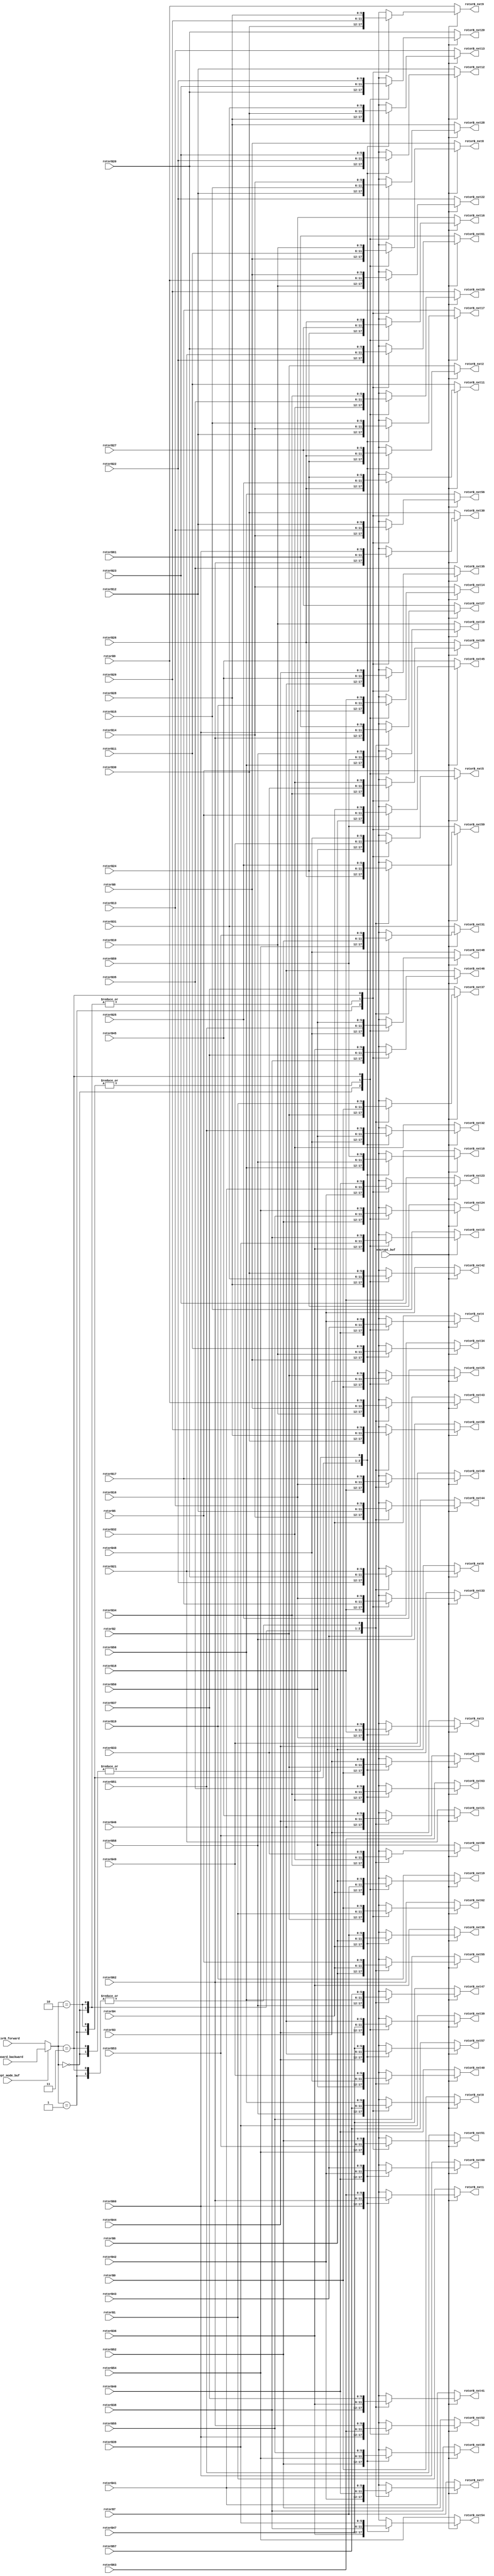
module mode(
    input encrypt_buf,
    input crypt_mode_buf,
    input [1:0] plugboard_backward,
    input [1:0] rotorB_forward,
    input [5:0] rotorB0,
    input [5:0] rotorB1,
    input [5:0] rotorB2,
    input [5:0] rotorB3,
    input [5:0] rotorB4,
    input [5:0] rotorB5,
    input [5:0] rotorB6,
    input [5:0] rotorB7,
    input [5:0] rotorB8,
    input [5:0] rotorB9,
    input [5:0] rotorB10,
    input [5:0] rotorB11,
    input [5:0] rotorB12,
    input [5:0] rotorB13,
    input [5:0] rotorB14,
    input [5:0] rotorB15,
    input [5:0] rotorB16,
    input [5:0] rotorB17,
    input [5:0] rotorB18,
    input [5:0] rotorB19,
    input [5:0] rotorB20,
    input [5:0] rotorB21,
    input [5:0] rotorB22,
    input [5:0] rotorB23,
    input [5:0] rotorB24,
    input [5:0] rotorB25,
    input [5:0] rotorB26,
    input [5:0] rotorB27,
    input [5:0] rotorB28,
    input [5:0] rotorB29,
    input [5:0] rotorB30,
    input [5:0] rotorB31,
    input [5:0] rotorB32,
    input [5:0] rotorB33,
    input [5:0] rotorB34,
    input [5:0] rotorB35,
    input [5:0] rotorB36,
    input [5:0] rotorB37,
    input [5:0] rotorB38,
    input [5:0] rotorB39,
    input [5:0] rotorB40,
    input [5:0] rotorB41,
    input [5:0] rotorB42,
    input [5:0] rotorB43,
    input [5:0] rotorB44,
    input [5:0] rotorB45,
    input [5:0] rotorB46,
    input [5:0] rotorB47,
    input [5:0] rotorB48,
    input [5:0] rotorB49,
    input [5:0] rotorB50,
    input [5:0] rotorB51,
    input [5:0] rotorB52,
    input [5:0] rotorB53,
    input [5:0] rotorB54,
    input [5:0] rotorB55,
    input [5:0] rotorB56,
    input [5:0] rotorB57,
    input [5:0] rotorB58,
    input [5:0] rotorB59,
    input [5:0] rotorB60,
    input [5:0] rotorB61,
    input [5:0] rotorB62,
    input [5:0] rotorB63,
    output reg [5:0] rotorB_nxt0,
    output reg [5:0] rotorB_nxt1,
    output reg [5:0] rotorB_nxt2,
    output reg [5:0] rotorB_nxt3,
    output reg [5:0] rotorB_nxt4,
    output reg [5:0] rotorB_nxt5,
    output reg [5:0] rotorB_nxt6,
    output reg [5:0] rotorB_nxt7,
    output reg [5:0] rotorB_nxt8,
    output reg [5:0] rotorB_nxt9,
    output reg [5:0] rotorB_nxt10,
    output reg [5:0] rotorB_nxt11,
    output reg [5:0] rotorB_nxt12,
    output reg [5:0] rotorB_nxt13,
    output reg [5:0] rotorB_nxt14,
    output reg [5:0] rotorB_nxt15,
    output reg [5:0] rotorB_nxt16,
    output reg [5:0] rotorB_nxt17,
    output reg [5:0] rotorB_nxt18,
    output reg [5:0] rotorB_nxt19,
    output reg [5:0] rotorB_nxt20,
    output reg [5:0] rotorB_nxt21,
    output reg [5:0] rotorB_nxt22,
    output reg [5:0] rotorB_nxt23,
    output reg [5:0] rotorB_nxt24,
    output reg [5:0] rotorB_nxt25,
    output reg [5:0] rotorB_nxt26,
    output reg [5:0] rotorB_nxt27,
    output reg [5:0] rotorB_nxt28,
    output reg [5:0] rotorB_nxt29,
    output reg [5:0] rotorB_nxt30,
    output reg [5:0] rotorB_nxt31,
    output reg [5:0] rotorB_nxt32,
    output reg [5:0] rotorB_nxt33,
    output reg [5:0] rotorB_nxt34,
    output reg [5:0] rotorB_nxt35,
    output reg [5:0] rotorB_nxt36,
    output reg [5:0] rotorB_nxt37,
    output reg [5:0] rotorB_nxt38,
    output reg [5:0] rotorB_nxt39,
    output reg [5:0] rotorB_nxt40,
    output reg [5:0] rotorB_nxt41,
    output reg [5:0] rotorB_nxt42,
    output reg [5:0] rotorB_nxt43,
    output reg [5:0] rotorB_nxt44,
    output reg [5:0] rotorB_nxt45,
    output reg [5:0] rotorB_nxt46,
    output reg [5:0] rotorB_nxt47,
    output reg [5:0] rotorB_nxt48,
    output reg [5:0] rotorB_nxt49,
    output reg [5:0] rotorB_nxt50,
    output reg [5:0] rotorB_nxt51,
    output reg [5:0] rotorB_nxt52,
    output reg [5:0] rotorB_nxt53,
    output reg [5:0] rotorB_nxt54,
    output reg [5:0] rotorB_nxt55,
    output reg [5:0] rotorB_nxt56,
    output reg [5:0] rotorB_nxt57,
    output reg [5:0] rotorB_nxt58,
    output reg [5:0] rotorB_nxt59,
    output reg [5:0] rotorB_nxt60,
    output reg [5:0] rotorB_nxt61,
    output reg [5:0] rotorB_nxt62,
    output reg [5:0] rotorB_nxt63
);

reg [1:0] mode;

always @(*) mode = (crypt_mode_buf) ? plugboard_backward : rotorB_forward;

always @(*) begin
    if(encrypt_buf) begin
		case(mode) // synopsys parallel_case
			2'b00: begin
				rotorB_nxt0 =   rotorB57;
				rotorB_nxt1 =   rotorB63;
				rotorB_nxt2 =   rotorB27;
				rotorB_nxt3 =   rotorB19;
				rotorB_nxt4 =   rotorB40;
				rotorB_nxt5 =   rotorB49;
				rotorB_nxt6 =   rotorB22;
				rotorB_nxt7 =   rotorB42;
				rotorB_nxt8 =   rotorB8;
				rotorB_nxt9 =   rotorB29;
				rotorB_nxt10 =  rotorB56;
				rotorB_nxt11 =  rotorB25;
				rotorB_nxt12 =  rotorB23;
				rotorB_nxt13 =  rotorB31;
				rotorB_nxt14 =  rotorB16;
				rotorB_nxt15 =  rotorB36;
				rotorB_nxt16 =  rotorB24;
				rotorB_nxt17 =  rotorB15;
				rotorB_nxt18 =  rotorB59;
				rotorB_nxt19 =  rotorB4;
				rotorB_nxt20 =  rotorB20;
				rotorB_nxt21 =  rotorB46;
				rotorB_nxt22 =  rotorB9;
				rotorB_nxt23 =  rotorB41;
				rotorB_nxt24 =  rotorB52;
				rotorB_nxt25 =  rotorB0;
				rotorB_nxt26 =  rotorB33;
				rotorB_nxt27 =  rotorB62;
				rotorB_nxt28 =  rotorB12;
				rotorB_nxt29 =  rotorB32;
				rotorB_nxt30 =  rotorB61;
				rotorB_nxt31 =  rotorB54;
				rotorB_nxt32 =  rotorB51;
				rotorB_nxt33 =  rotorB17;
				rotorB_nxt34 =  rotorB11;
				rotorB_nxt35 =  rotorB45;
				rotorB_nxt36 =  rotorB7;
				rotorB_nxt37 =  rotorB2;
				rotorB_nxt38 =  rotorB55;
				rotorB_nxt39 =  rotorB44;
				rotorB_nxt40 =  rotorB50;
				rotorB_nxt41 =  rotorB38;
				rotorB_nxt42 =  rotorB28;
				rotorB_nxt43 =  rotorB10;
				rotorB_nxt44 =  rotorB14;
				rotorB_nxt45 =  rotorB5;
				rotorB_nxt46 =  rotorB37;
				rotorB_nxt47 =  rotorB58;
				rotorB_nxt48 =  rotorB48;
				rotorB_nxt49 =  rotorB18;
				rotorB_nxt50 =  rotorB34;
				rotorB_nxt51 =  rotorB53;
				rotorB_nxt52 =  rotorB60;
				rotorB_nxt53 =  rotorB3;
				rotorB_nxt54 =  rotorB39;
				rotorB_nxt55 =  rotorB6;
				rotorB_nxt56 =  rotorB13;
				rotorB_nxt57 =  rotorB47;
				rotorB_nxt58 =  rotorB30;
				rotorB_nxt59 =  rotorB26;
				rotorB_nxt60 =  rotorB43;
				rotorB_nxt61 =  rotorB21;
				rotorB_nxt62 =  rotorB1;
				rotorB_nxt63 =  rotorB35;
			end
			2'b01: begin
				rotorB_nxt0 =   rotorB58;
				rotorB_nxt1 =   rotorB60;
				rotorB_nxt2 =   rotorB24;
				rotorB_nxt3 =   rotorB16;
				rotorB_nxt4 =   rotorB43;
				rotorB_nxt5 =   rotorB50;
				rotorB_nxt6 =   rotorB21;
				rotorB_nxt7 =   rotorB41;
				rotorB_nxt8 =   rotorB11;
				rotorB_nxt9 =   rotorB30;
				rotorB_nxt10 =  rotorB59;
				rotorB_nxt11 =  rotorB26;
				rotorB_nxt12 =  rotorB20;
				rotorB_nxt13 =  rotorB28;
				rotorB_nxt14 =  rotorB19;
				rotorB_nxt15 =  rotorB39;
				rotorB_nxt16 =  rotorB27;
				rotorB_nxt17 =  rotorB12;
				rotorB_nxt18 =  rotorB56;
				rotorB_nxt19 =  rotorB7;
				rotorB_nxt20 =  rotorB23;
				rotorB_nxt21 =  rotorB45;
				rotorB_nxt22 =  rotorB10;
				rotorB_nxt23 =  rotorB42;
				rotorB_nxt24 =  rotorB55;
				rotorB_nxt25 =  rotorB3;
				rotorB_nxt26 =  rotorB34;
				rotorB_nxt27 =  rotorB61;
				rotorB_nxt28 =  rotorB15;
				rotorB_nxt29 =  rotorB35;
				rotorB_nxt30 =  rotorB62;
				rotorB_nxt31 =  rotorB53;
				rotorB_nxt32 =  rotorB48;
				rotorB_nxt33 =  rotorB18;
				rotorB_nxt34 =  rotorB8;
				rotorB_nxt35 =  rotorB46;
				rotorB_nxt36 =  rotorB4;
				rotorB_nxt37 =  rotorB1;
				rotorB_nxt38 =  rotorB52;
				rotorB_nxt39 =  rotorB47;
				rotorB_nxt40 =  rotorB49;
				rotorB_nxt41 =  rotorB37;
				rotorB_nxt42 =  rotorB31;
				rotorB_nxt43 =  rotorB9;
				rotorB_nxt44 =  rotorB13;
				rotorB_nxt45 =  rotorB6;
				rotorB_nxt46 =  rotorB38;
				rotorB_nxt47 =  rotorB57;
				rotorB_nxt48 =  rotorB51;
				rotorB_nxt49 =  rotorB17;
				rotorB_nxt50 =  rotorB33;
				rotorB_nxt51 =  rotorB54;
				rotorB_nxt52 =  rotorB63;
				rotorB_nxt53 =  rotorB0;
				rotorB_nxt54 =  rotorB36;
				rotorB_nxt55 =  rotorB5;
				rotorB_nxt56 =  rotorB14;
				rotorB_nxt57 =  rotorB44;
				rotorB_nxt58 =  rotorB29;
				rotorB_nxt59 =  rotorB25;
				rotorB_nxt60 =  rotorB40;
				rotorB_nxt61 =  rotorB22;
				rotorB_nxt62 =  rotorB2;
				rotorB_nxt63 =  rotorB32;
			end
			2'b10: begin
				rotorB_nxt0 =   rotorB57;
				rotorB_nxt1 =   rotorB62;
				rotorB_nxt2 =   rotorB26;
				rotorB_nxt3 =   rotorB18;
				rotorB_nxt4 =   rotorB43;
				rotorB_nxt5 =   rotorB49;
				rotorB_nxt6 =   rotorB20;
				rotorB_nxt7 =   rotorB40;
				rotorB_nxt8 =   rotorB11;
				rotorB_nxt9 =   rotorB29;
				rotorB_nxt10 =  rotorB59;
				rotorB_nxt11 =  rotorB25;
				rotorB_nxt12 =  rotorB22;
				rotorB_nxt13 =  rotorB30;
				rotorB_nxt14 =  rotorB19;
				rotorB_nxt15 =  rotorB39;
				rotorB_nxt16 =  rotorB27;
				rotorB_nxt17 =  rotorB14;
				rotorB_nxt18 =  rotorB58;
				rotorB_nxt19 =  rotorB7;
				rotorB_nxt20 =  rotorB23;
				rotorB_nxt21 =  rotorB44;
				rotorB_nxt22 =  rotorB9;
				rotorB_nxt23 =  rotorB41;
				rotorB_nxt24 =  rotorB55;
				rotorB_nxt25 =  rotorB3;
				rotorB_nxt26 =  rotorB33;
				rotorB_nxt27 =  rotorB60;
				rotorB_nxt28 =  rotorB15;
				rotorB_nxt29 =  rotorB35;
				rotorB_nxt30 =  rotorB61;
				rotorB_nxt31 =  rotorB52;
				rotorB_nxt32 =  rotorB50;
				rotorB_nxt33 =  rotorB17;
				rotorB_nxt34 =  rotorB10;
				rotorB_nxt35 =  rotorB45;
				rotorB_nxt36 =  rotorB6;
				rotorB_nxt37 =  rotorB0;
				rotorB_nxt38 =  rotorB54;
				rotorB_nxt39 =  rotorB47;
				rotorB_nxt40 =  rotorB48;
				rotorB_nxt41 =  rotorB36;
				rotorB_nxt42 =  rotorB31;
				rotorB_nxt43 =  rotorB8;
				rotorB_nxt44 =  rotorB12;
				rotorB_nxt45 =  rotorB5;
				rotorB_nxt46 =  rotorB37;
				rotorB_nxt47 =  rotorB56;
				rotorB_nxt48 =  rotorB51;
				rotorB_nxt49 =  rotorB16;
				rotorB_nxt50 =  rotorB32;
				rotorB_nxt51 =  rotorB53;
				rotorB_nxt52 =  rotorB63;
				rotorB_nxt53 =  rotorB2;
				rotorB_nxt54 =  rotorB38;
				rotorB_nxt55 =  rotorB4;
				rotorB_nxt56 =  rotorB13;
				rotorB_nxt57 =  rotorB46;
				rotorB_nxt58 =  rotorB28;
				rotorB_nxt59 =  rotorB24;
				rotorB_nxt60 =  rotorB42;
				rotorB_nxt61 =  rotorB21;
				rotorB_nxt62 =  rotorB1;
				rotorB_nxt63 =  rotorB34;
			end
			2'b11: begin
				rotorB_nxt0 =   rotorB56;
				rotorB_nxt1 =   rotorB63;
				rotorB_nxt2 =   rotorB27;
				rotorB_nxt3 =   rotorB19;
				rotorB_nxt4 =   rotorB42;
				rotorB_nxt5 =   rotorB48;
				rotorB_nxt6 =   rotorB21;
				rotorB_nxt7 =   rotorB41;
				rotorB_nxt8 =   rotorB10;
				rotorB_nxt9 =   rotorB28;
				rotorB_nxt10 =  rotorB58;
				rotorB_nxt11 =  rotorB24;
				rotorB_nxt12 =  rotorB23;
				rotorB_nxt13 =  rotorB31;
				rotorB_nxt14 =  rotorB18;
				rotorB_nxt15 =  rotorB38;
				rotorB_nxt16 =  rotorB26;
				rotorB_nxt17 =  rotorB15;
				rotorB_nxt18 =  rotorB59;
				rotorB_nxt19 =  rotorB6;
				rotorB_nxt20 =  rotorB22;
				rotorB_nxt21 =  rotorB45;
				rotorB_nxt22 =  rotorB8;
				rotorB_nxt23 =  rotorB40;
				rotorB_nxt24 =  rotorB54;
				rotorB_nxt25 =  rotorB2;
				rotorB_nxt26 =  rotorB32;
				rotorB_nxt27 =  rotorB61;
				rotorB_nxt28 =  rotorB14;
				rotorB_nxt29 =  rotorB34;
				rotorB_nxt30 =  rotorB60;
				rotorB_nxt31 =  rotorB53;
				rotorB_nxt32 =  rotorB51;
				rotorB_nxt33 =  rotorB16;
				rotorB_nxt34 =  rotorB11;
				rotorB_nxt35 =  rotorB44;
				rotorB_nxt36 =  rotorB7;
				rotorB_nxt37 =  rotorB1;
				rotorB_nxt38 =  rotorB55;
				rotorB_nxt39 =  rotorB46;
				rotorB_nxt40 =  rotorB49;
				rotorB_nxt41 =  rotorB37;
				rotorB_nxt42 =  rotorB30;
				rotorB_nxt43 =  rotorB9;
				rotorB_nxt44 =  rotorB13;
				rotorB_nxt45 =  rotorB4;
				rotorB_nxt46 =  rotorB36;
				rotorB_nxt47 =  rotorB57;
				rotorB_nxt48 =  rotorB50;
				rotorB_nxt49 =  rotorB17;
				rotorB_nxt50 =  rotorB33;
				rotorB_nxt51 =  rotorB52;
				rotorB_nxt52 =  rotorB62;
				rotorB_nxt53 =  rotorB3;
				rotorB_nxt54 =  rotorB39;
				rotorB_nxt55 =  rotorB5;
				rotorB_nxt56 =  rotorB12;
				rotorB_nxt57 =  rotorB47;
				rotorB_nxt58 =  rotorB29;
				rotorB_nxt59 =  rotorB25;
				rotorB_nxt60 =  rotorB43;
				rotorB_nxt61 =  rotorB20;
				rotorB_nxt62 =  rotorB0;
				rotorB_nxt63 =  rotorB35;
            end
		endcase
		end
	else begin
		rotorB_nxt0 =  rotorB0;
        rotorB_nxt1 =  rotorB1;
        rotorB_nxt2 =  rotorB2;
        rotorB_nxt3 =  rotorB3;
        rotorB_nxt4 =  rotorB4;
        rotorB_nxt5 =  rotorB5;
        rotorB_nxt6 =  rotorB6;
        rotorB_nxt7 =  rotorB7;
        rotorB_nxt8 =  rotorB8;
        rotorB_nxt9 =  rotorB9;
        rotorB_nxt10 =  rotorB10;
        rotorB_nxt11 =  rotorB11;
        rotorB_nxt12 =  rotorB12;
        rotorB_nxt13 =  rotorB13;
        rotorB_nxt14 =  rotorB14;
        rotorB_nxt15 =  rotorB15;
        rotorB_nxt16 =  rotorB16;
        rotorB_nxt17 =  rotorB17;
        rotorB_nxt18 =  rotorB18;
        rotorB_nxt19 =  rotorB19;
        rotorB_nxt20 =  rotorB20;
        rotorB_nxt21 =  rotorB21;
        rotorB_nxt22 =  rotorB22;
        rotorB_nxt23 =  rotorB23;
        rotorB_nxt24 =  rotorB24;
        rotorB_nxt25 =  rotorB25;
        rotorB_nxt26 =  rotorB26;
        rotorB_nxt27 =  rotorB27;
        rotorB_nxt28 =  rotorB28;
        rotorB_nxt29 =  rotorB29;
        rotorB_nxt30 =  rotorB30;
        rotorB_nxt31 =  rotorB31;
        rotorB_nxt32 =  rotorB32;
        rotorB_nxt33 =  rotorB33;
        rotorB_nxt34 =  rotorB34;
        rotorB_nxt35 =  rotorB35;
        rotorB_nxt36 =  rotorB36;
        rotorB_nxt37 =  rotorB37;
        rotorB_nxt38 =  rotorB38;
        rotorB_nxt39 =  rotorB39;
        rotorB_nxt40 =  rotorB40;
        rotorB_nxt41 =  rotorB41;
        rotorB_nxt42 =  rotorB42;
        rotorB_nxt43 =  rotorB43;
        rotorB_nxt44 =  rotorB44;
        rotorB_nxt45 =  rotorB45;
        rotorB_nxt46 =  rotorB46;
        rotorB_nxt47 =  rotorB47;
        rotorB_nxt48 =  rotorB48;
        rotorB_nxt49 =  rotorB49;
        rotorB_nxt50 =  rotorB50;
        rotorB_nxt51 =  rotorB51;
        rotorB_nxt52 =  rotorB52;
        rotorB_nxt53 =  rotorB53;
        rotorB_nxt54 =  rotorB54;
        rotorB_nxt55 =  rotorB55;
        rotorB_nxt56 =  rotorB56;
        rotorB_nxt57 =  rotorB57;
        rotorB_nxt58 =  rotorB58;
        rotorB_nxt59 =  rotorB59;
        rotorB_nxt60 =  rotorB60;
        rotorB_nxt61 =  rotorB61;
        rotorB_nxt62 =  rotorB62;
        rotorB_nxt63 =  rotorB63;
	end
end

endmodule